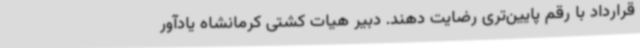
قرارداد با رقم پایین‌تری رضایت دهند. دبیر هیات کشتی کرمانشاه یادآور